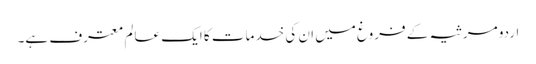
اردو مرثیہ کے فروغ میں ان کی خدمات کا ایک عالم معترف ہے۔